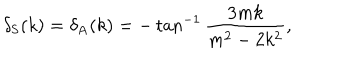
LaTeX: \delta _ { \mathrm { S } } ( k ) = \delta _ { \mathrm { A } } ( k ) = - \tan ^ { - 1 } \frac { 3 m k } { m ^ { 2 } - 2 k ^ { 2 } } ,